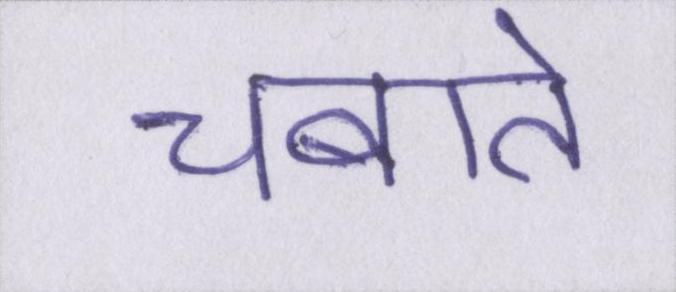
चबाते